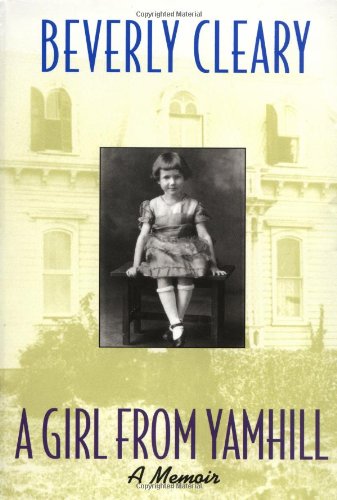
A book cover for A Girl from Yamhill; Beverly Cleary; Children's Books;